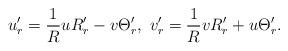
LaTeX: \begin{align*} u'_r=\frac{1}{R}uR'_r-v\Theta'_r,\ v'_r=\frac{1}{R}vR'_r+u\Theta '_r . \end{align*}